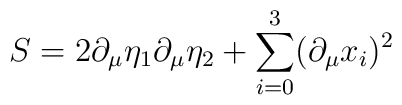
S=2\partial_\mu\eta_1\partial_\mu\eta_2+\sum_{i=0}^3 (\partial_\mu x_i)^2